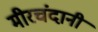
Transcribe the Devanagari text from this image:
मीरचंदानी